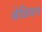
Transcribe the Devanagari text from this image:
जेठियन